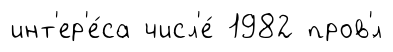
инт'ер'е́са числ'е́ 1982 пров'́л